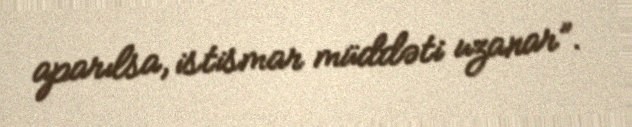
aparılsa, istismar müddəti uzanar”.